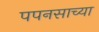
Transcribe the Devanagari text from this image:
पपनसाच्या